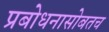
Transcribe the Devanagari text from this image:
प्रबोधनासोबतच